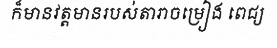
ក៏មានវត្តមានរបស់តារាចម្រៀង ពេជ្យ